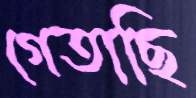
গেতাছি